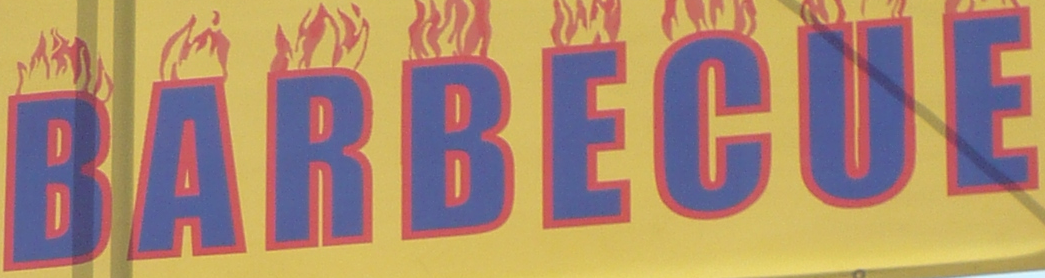
BARBECUE